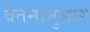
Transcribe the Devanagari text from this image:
वेतनानुसार